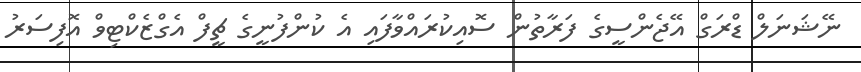
ނޭޝަނަލް ޑްރަގް އޭޖެންސީގެ ފަރާތުން ސޮއިކުރައްވާފައި އެ ކުންފުނީގެ ޗީފް އެގްޒެކްޓިވް އޮފިސަރު